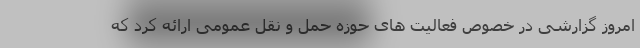
امروز گزارشی در خصوص فعالیت های حوزه حمل و نقل عمومی ارائه کرد که